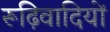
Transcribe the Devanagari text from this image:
रूढ़िवादियों